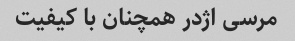
مرسی اژدر همچنان با کیفیت